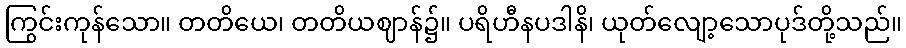
ကြွင်းကုန်သော။ တတိယေ၊ တတိယဈာန်၌။ ပရိဟီနပဒါနိ၊ ယုတ်လျော့သောပုဒ်တို့သည်။